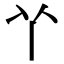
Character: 𠁥